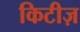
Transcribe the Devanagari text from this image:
किटीज़